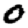
Digit: 0